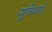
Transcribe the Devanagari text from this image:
यूनिवर्स।